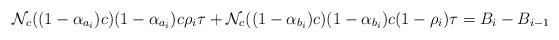
LaTeX: \begin{align*}\mathcal{N}_c((1-\alpha_{a_i})c)(1-\alpha_{a_i})c\rho_i\tau+\mathcal{N}_c((1-\alpha_{b_i})c)(1-\alpha_{b_i})c(1-\rho_i)\tau=B_{i}-B_{i-1}\end{align*}